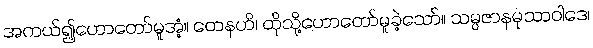
အကယ်၍ဟောတော်မူအံ့။ တေနဟိ၊ ထိုသို့ဟောတော်မူခဲ့သော်။ သမ္ပဇာနမုသာဝါဒေ၊